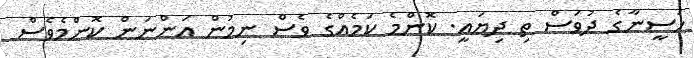
ހަސީނާގެ ދުވަސް ތި ދިޔައީ. ކޮންމެ ކަމެއްގެ ވެސް ނިމުން އަންނަން ކޮންމެވެސް